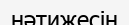
нәтижесін